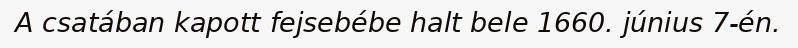
A csatában kapott fejsebébe halt bele 1660. június 7-én.